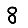
Digit: 8